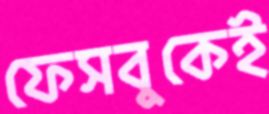
ফেসবুকেই